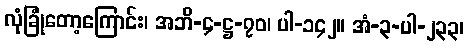
လုံခြုံတော့ကြောင်း၊ အဘိ-၄-ဋ္ဌ-၇၀၊ ပါ-၁၄၂။ အံ-၃-ပါ-၂၃၃၊